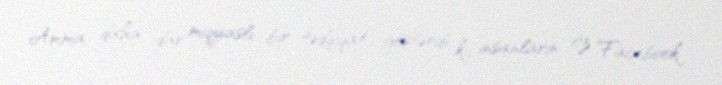
Amma daha dar miqyaslı bir tədqiqat göstərib ki, insanların öz Facebook